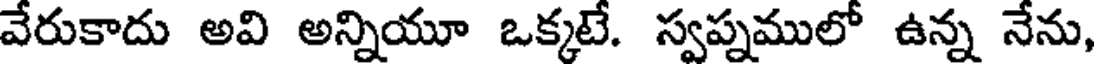
వేరుకాదు అవి అన్నియూ ఒక్కటే. స్వప్నములో ఉన్న నేను,